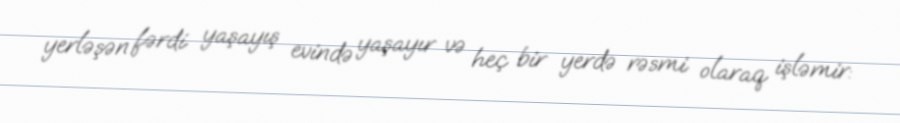
yerləşən fərdi yaşayış evində yaşayır və heç bir yerdə rəsmi olaraq işləmir: